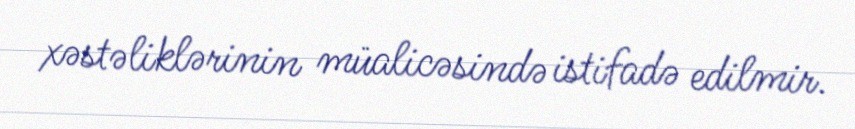
xəstəliklərinin müalicəsində istifadə edilmir.